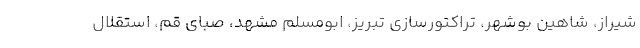
شیراز، شاهین بوشهر، تراکتورسازی تبریز، ابومسلم مشهد، صبای قم، استقلال